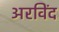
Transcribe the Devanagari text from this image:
अरविंद